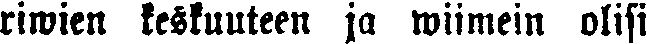
riwien keskuuteen ja wiimein olisi